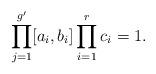
LaTeX: \begin{align*}\prod\limits_{j=1}^{g'} [a_i,b_i]\prod\limits_{i=1}^{r}c_i=1.\end{align*}